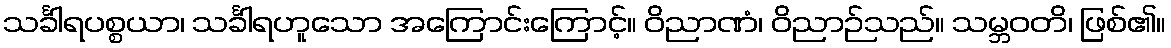
သင်္ခါရပစ္စယာ၊ သင်္ခါရဟူသော အကြောင်းကြောင့်။ ဝိညာဏံ၊ ဝိညာဉ်သည်။ သမ္ဘဝတိ၊ ဖြစ်၏။